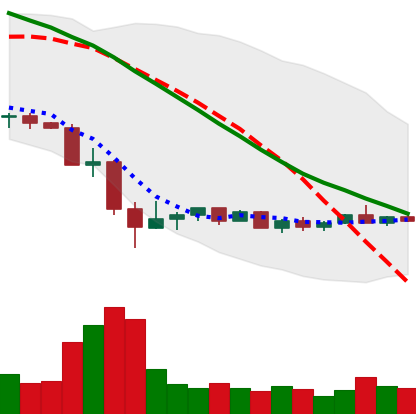
Ticker: EOS-USD
Chart end date: 2022-05-25
Forward return: 4.925%
Label: up_3_5